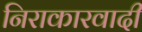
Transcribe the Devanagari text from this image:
निराकारवादी